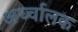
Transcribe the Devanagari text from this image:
अर्ध्चालक